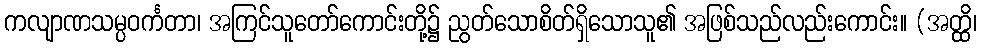
ကလျာဏသမ္ပဝင်္ကတာ၊ အကြင်သူတော်ကောင်းတို့၌ ညွတ်သောစိတ်ရှိသောသူ၏ အဖြစ်သည်လည်းကောင်း။ (အတ္ထိ၊